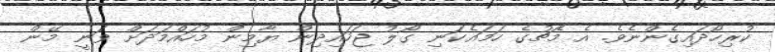
ކުރިހޯދައިގެންނެވެ. އެ މެޗުގެ ހަމައެކަނި ގޯލު ޖަހައިދިން ޔާމިން މުހައްމަދަށް ވަނީ މޭން